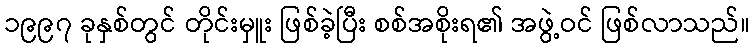
၁၉၉၇ ခုနှစ်တွင် တိုင်းမှူး ဖြစ်ခဲ့ပြီး စစ်အစိုးရ၏ အဖွဲ့ဝင် ဖြစ်လာသည်။